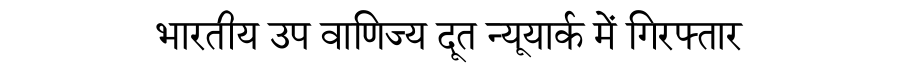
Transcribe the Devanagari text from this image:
भारतीय उप वाणिज्य दूत न्यूयार्क में गिरफ्तार